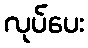
လုပ်ပေး